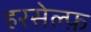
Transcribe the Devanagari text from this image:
हरसेल्फ़